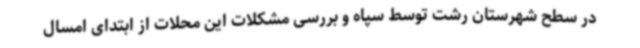
در سطح شهرستان رشت توسط سپاه و بررسی مشکلات این محلات از ابتدای امسال